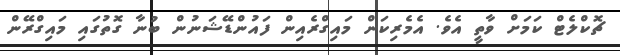
ޗޮކްލެޓް ކަމަށް ވާތީ އެވެ. އެމެރިކަން މައިގްރެއިން ފައުންޑޭޝަނުން ބުނާ ގޮތުގައި މައިގްރޭން